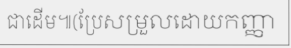
ជាដើម៕(ប្រែសម្រួលដោយកញ្ញា